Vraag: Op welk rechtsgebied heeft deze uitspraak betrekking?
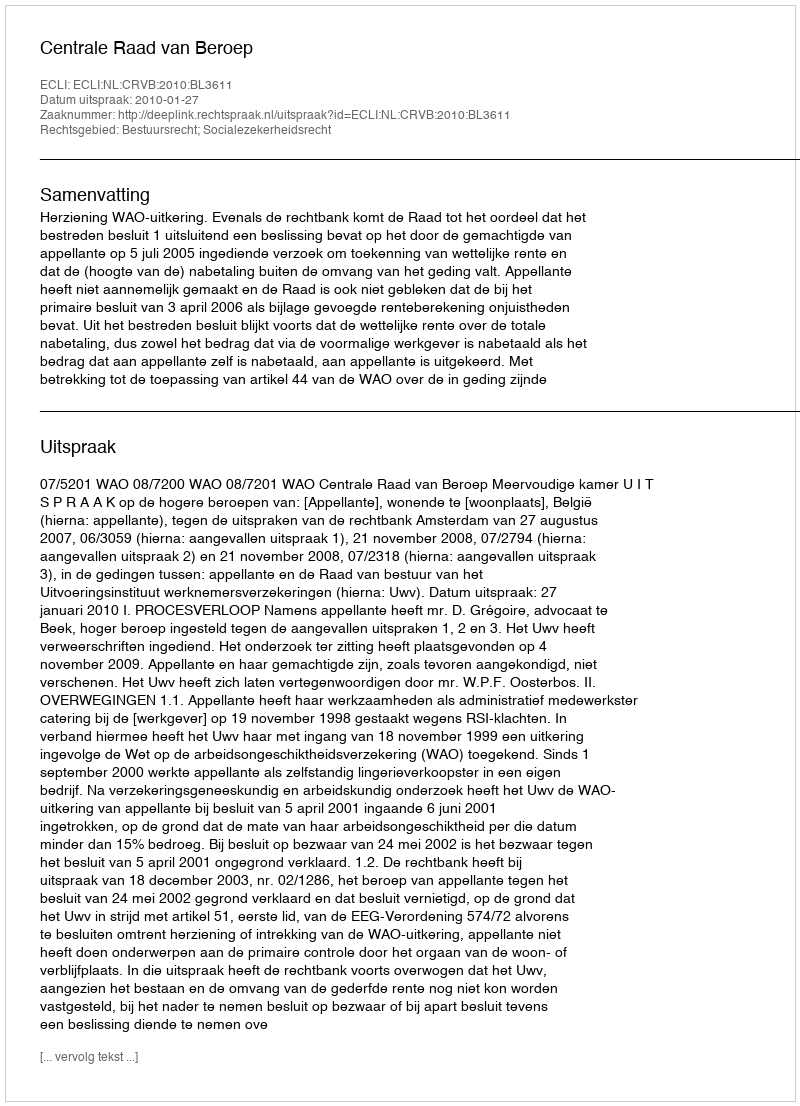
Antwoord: Bestuursrecht; Socialezekerheidsrecht